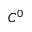
C ^ { 0 }